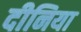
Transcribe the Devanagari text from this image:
दीनिया